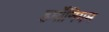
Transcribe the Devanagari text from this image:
हर्मोनियम